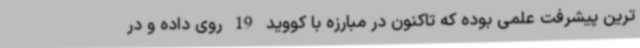
ترین پیشرفت علمی بوده که تاکنون در مبارزه با کووید 19 روی داده و در